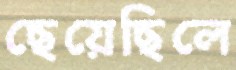
ছেয়েছিলে